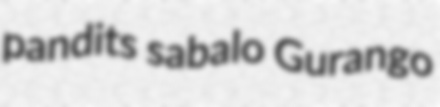
pandits sabalo Gurango